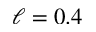
\ell = 0 . 4